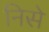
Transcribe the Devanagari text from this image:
निसे